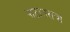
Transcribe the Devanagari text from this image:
पाठांतराचा